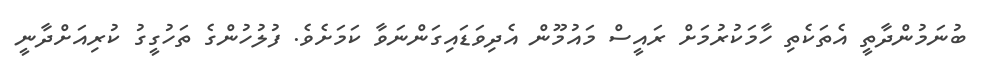
ބުނަމުންދާތީ އެތަކެތި ހާމަކުރުމަށް ރައީސް މައުމޫން އެދިވަޑައިގަންނަވާ ކަމަށެވެ. ފުލުހުންގެ ތަހުގީގު ކުރިއަށްދާނީ